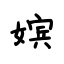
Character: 嫔